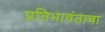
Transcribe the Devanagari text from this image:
प्रतिभावंताचा